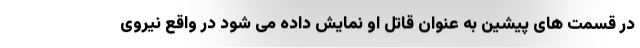
در قسمت های پیشین به عنوان قاتل او نمایش داده می شود در واقع نیروی